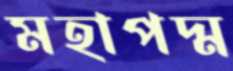
মহাপদ্ম